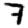
Digit: 7